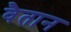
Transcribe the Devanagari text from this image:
वैतान